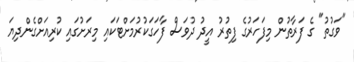
"ވަގުތު" ގެ ފަރާތުން މިފަހަރުގެ ފިތުރު އީދު ދުވަސް ފާހަގަކުރުމަށްޓަކައި މިރަށުގައި ކުރިއަށްގެންދިޔަ